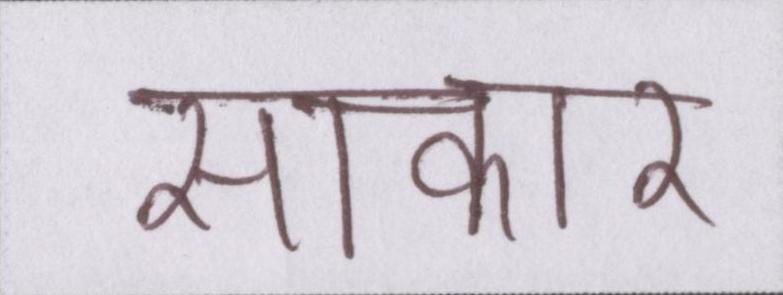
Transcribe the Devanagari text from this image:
साकार